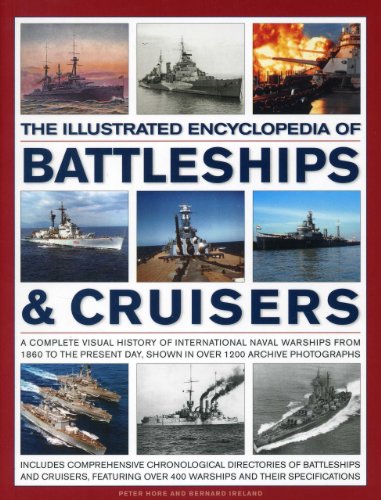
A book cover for The Illustrated Encyclopedia Of Battleships & Cruisers: A Complete Visual History Of International Naval Warships From 1860 To The Present Day, Shown In Over 1200 Archive Photographs; Peter Capt. Hore; Reference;